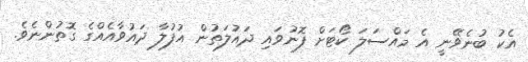
އެކު ބުނެވޭނީ އެ މައްސަލަ ކޯޓަށް ފޮނުވައި ދައުލަތުން އުފުލާ ދައުވާއެއްގެ ގޮތުންނެވެ.